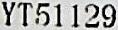
YT51129